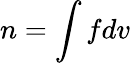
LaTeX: n=\int fdv